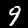
Label: 9